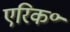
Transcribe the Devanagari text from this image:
एरिक॰